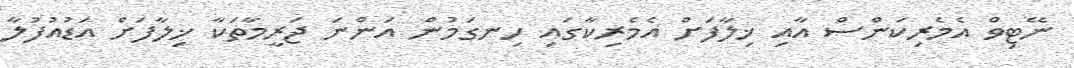
ނޭޓިވް އެމެރިކަންސް އާއި ޚިލާފަށް އެމެރިކާގައި ހިނގަމުން އަންނަ ޖަރީމާތަކާ ޚިލާފަށް އަޑުއުފުލާ